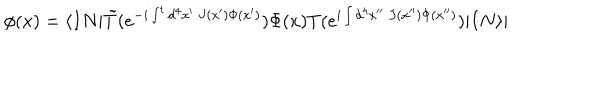
LaTeX: \phi ( x ) = \langle I N | \tilde { T } ( e ^ { - i \int ^ { t } d ^ { 4 } x ^ { \prime } ~ J ( x ^ { \prime } ) \Phi ( x ^ { \prime } ) } ) \Phi ( x ) T ( e ^ { i \int d ^ { 4 } x ^ { \prime \prime } ~ J ( x ^ { \prime \prime } ) \Phi ( x ^ { \prime \prime } ) } ) | I N \rangle |